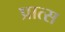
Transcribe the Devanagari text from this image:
प्रात्स